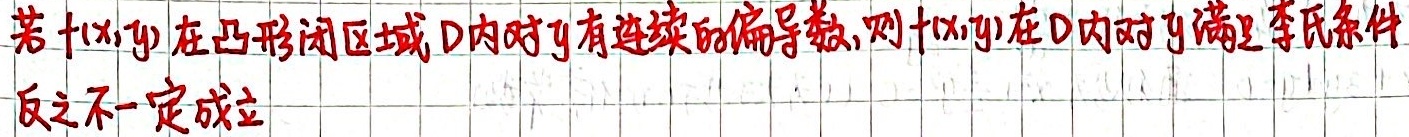
若$f(x,y)$在凸形闭区域D内对$y$有连续的偏导数,则$f(x,y)$在D内对$y$满足李氏条件
反之不一定成立